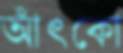
আঁৎকো